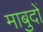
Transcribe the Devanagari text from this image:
माबुदों